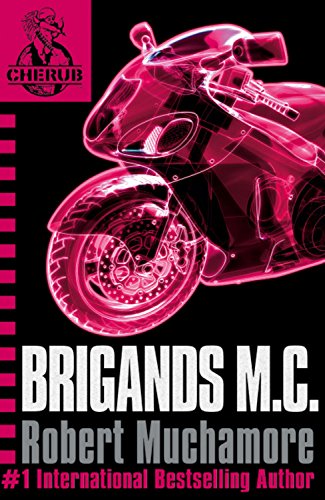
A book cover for Brigands M. C. (CHERUB #11); Robert Muchamore; Teen & Young Adult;